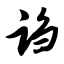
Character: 诌